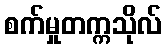
စက်မှုတက္ကသိုလ်